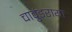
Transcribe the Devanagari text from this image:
चावुंडराया